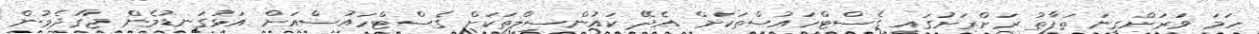
ހަމަ ވަރަށްގިނަ ތަފާތު ރަށްރަށުގައި ގެސްޓްހައުސްތަކަށް އެދޭ ކައުންސިލްތަކަށް ގެސްޓްހައުސްއަށް އަޅުގަނޑުމެން ޖާގަދެމުން